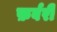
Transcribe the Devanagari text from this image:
फ़र्वरी